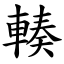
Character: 輳